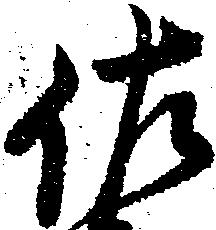
佐